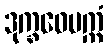
ဒုက္ခဝေပက္ကံ